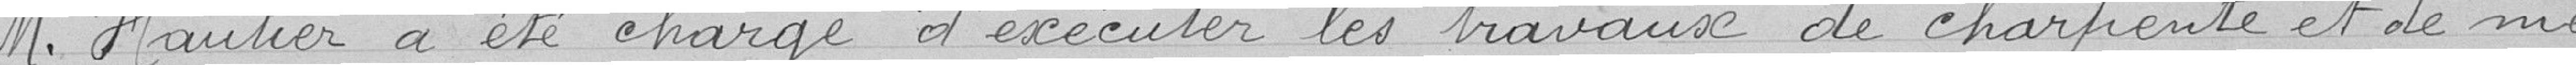
M. Vauthier a été chargé d'exécuter les travaux de charpente et de me=